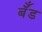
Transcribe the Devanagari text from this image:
बॅँड